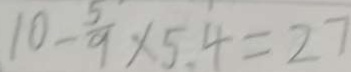
1 0 - \frac { 5 } { 9 } \times 5 . 4 = 2 7